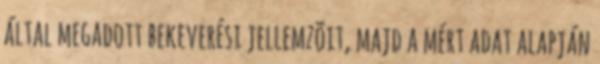
által megadott bekeverési jellemzõit, majd a mért adat alapján